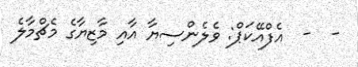
-  -  އެފްއޭކަޕް: ވެލެންސިޔާ އާއި މާޒިޔާގެ މެޗްމާލެ